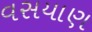
વસયાણ